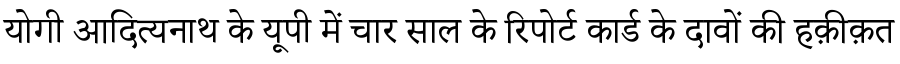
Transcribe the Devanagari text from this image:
योगी आदित्यनाथ के यूपी में चार साल के रिपोर्ट कार्ड के दावों की हक़ीक़त